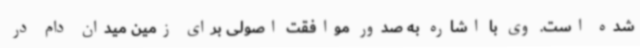
شده است. وی با اشاره به صدور موافقت اصولی برای زمین میدان دام در